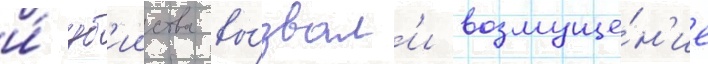
и́ уб'ииства вы́звал'и возмуще́н'ие